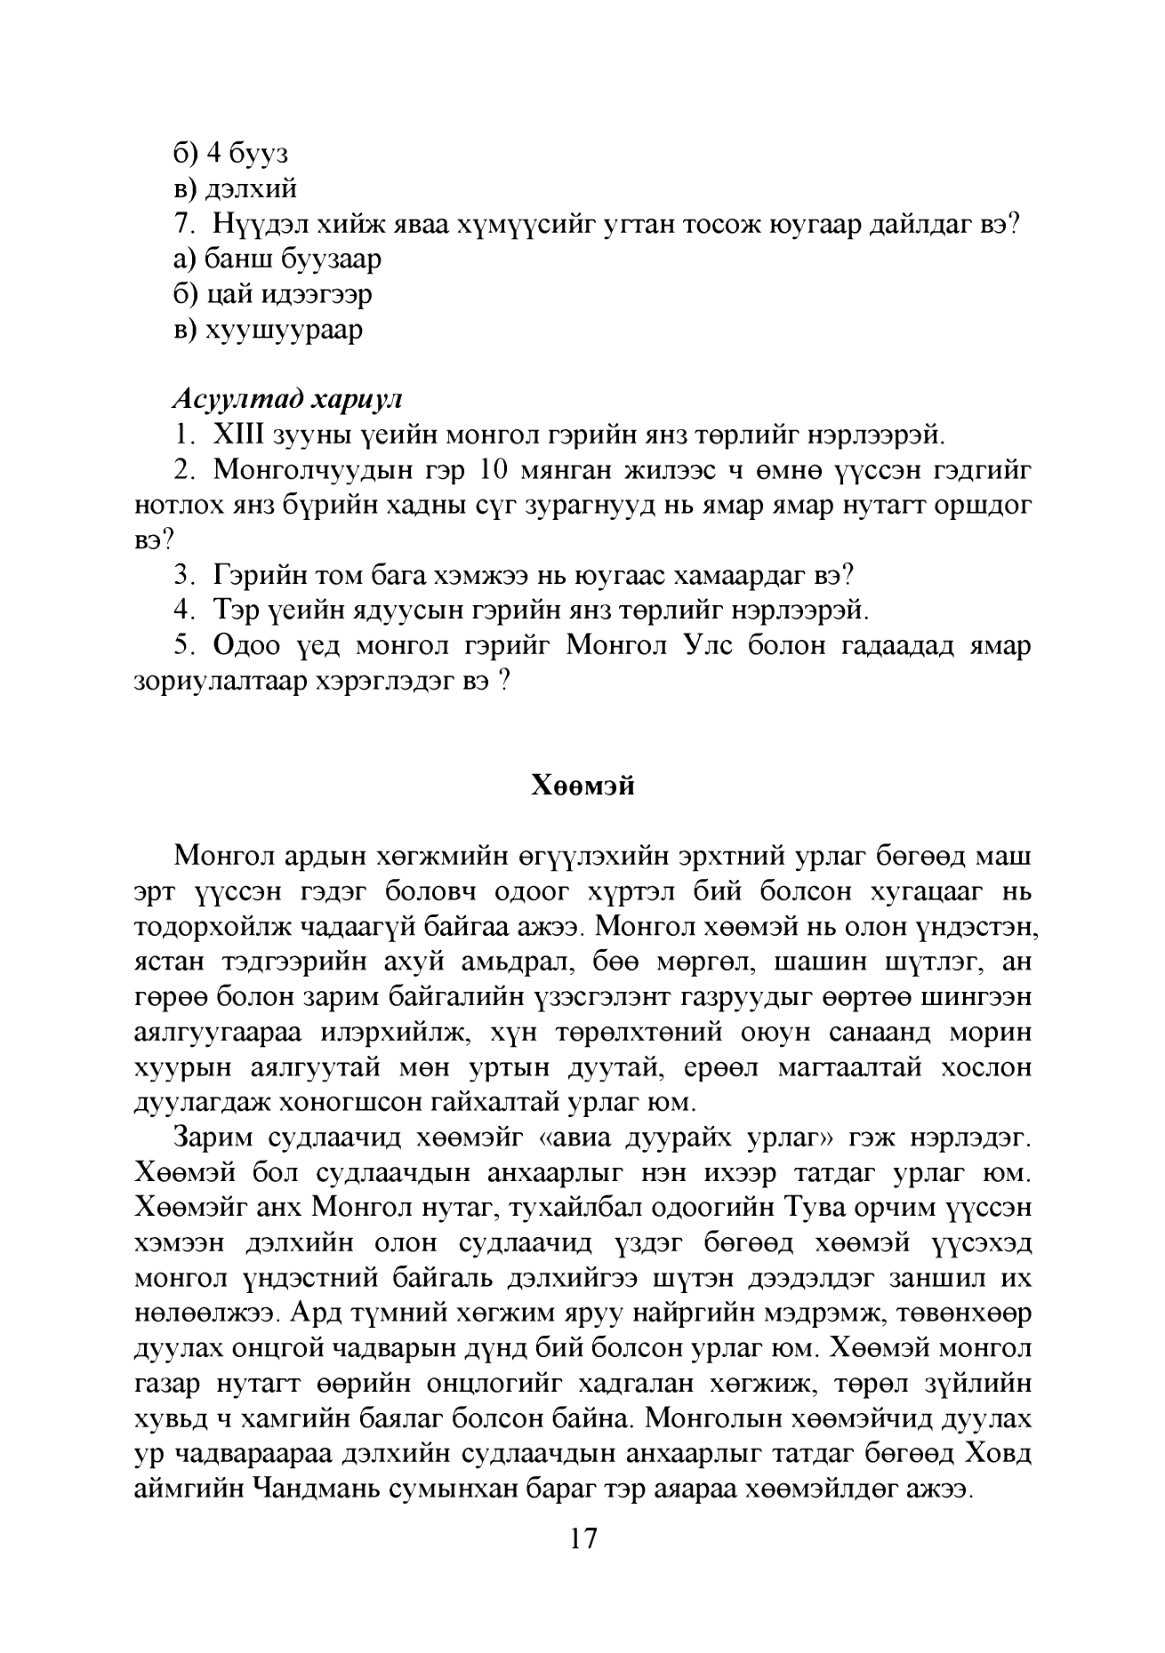
Language: mn